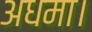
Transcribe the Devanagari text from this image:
अधमा।